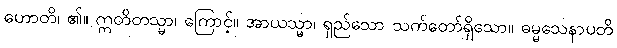
ဟောတိ၊ ၏။ ဣတိတသ္မာ၊ ကြောင့်။ အာယသ္မာ၊ ရှည်သော သက်တော်ရှိသော။ ဓမ္မသေနာပတိ